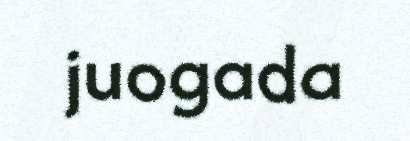
juogada